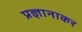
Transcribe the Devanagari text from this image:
प्रज्ञानाकर